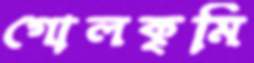
গোলকৃমি